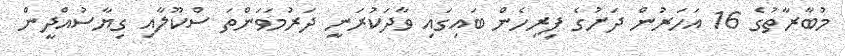
މުބާރާތުގެ 16 އަހަރުން ދަށުގެ ފިރިހެން ބައިގައި ވާދަކުރަނީ ދަރުމަވަންތަ ސްކޫލާއި ގިޔާސުއްދީން